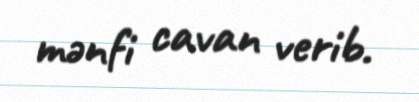
mənfi cavan verib.